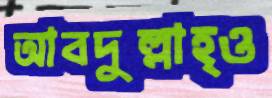
আবদুল্লাহ্ও